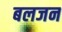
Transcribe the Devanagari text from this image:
बलजन